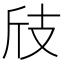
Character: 𢺼